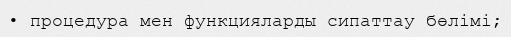
• процедура мен функцияларды сипаттау бөлімі;